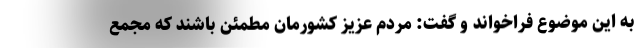
به این موضوع فراخواند و گفت: مردم عزیز کشورمان مطمئن باشند که مجمع